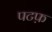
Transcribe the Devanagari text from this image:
पटफ़